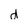
Character: d